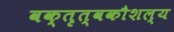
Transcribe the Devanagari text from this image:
वक्तृत्वकौशल्य